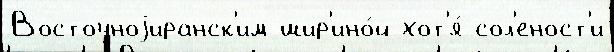
Восточноjиранск'им шир'ино́й хот'я́ сол'еност'и